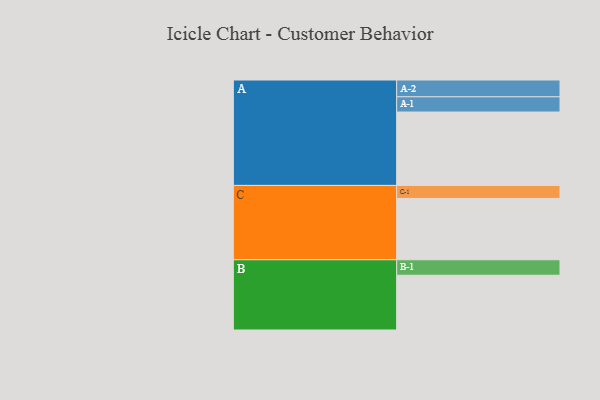
{"axis": {"x": "Segment", "y": "Value"}, "legend": ["", "A", "B", "C"], "data": [{"x": "A", "y": 559, "type": ""}, {"x": "B", "y": 417, "type": ""}, {"x": "C", "y": 467, "type": ""}, {"x": "A-1", "y": 116, "type": "A"}, {"x": "A-2", "y": 128, "type": "A"}, {"x": "B-1", "y": 118, "type": "B"}, {"x": "C-1", "y": 99, "type": "C"}]}